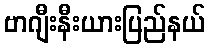
ဗာဂျီးနီးယားပြည်နယ်